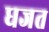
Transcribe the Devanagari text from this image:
धजत